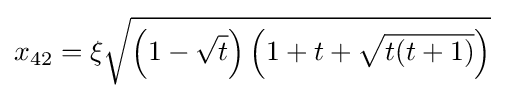
x_{42}=\xi {\sqrt {\left(1-{\sqrt {t}}\right)\left(1+t+{\sqrt {t(t+1)}}\right)}}